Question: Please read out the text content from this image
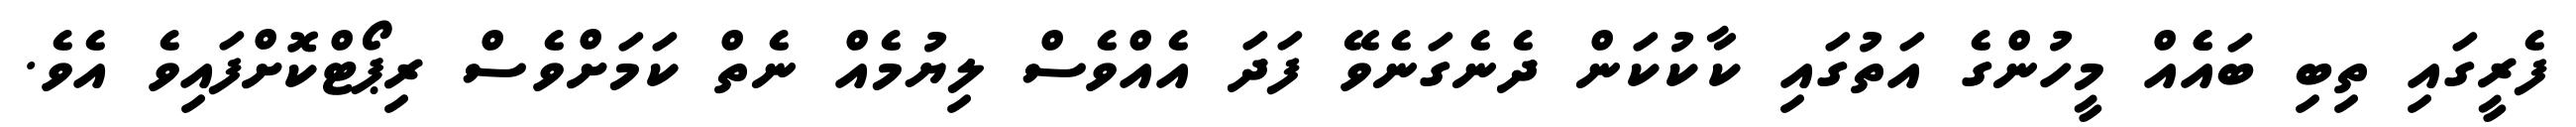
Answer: ފެރީގައި ތިބި ބައެެއް މީހުންގެ އަތުގައި ކާކުކަން ދެނެގަނެވޭ ފަދަ އެއްވެސް ލިޔުމެއް ނެތް ކަމަށްވެސް ރިޕޯޓްކޮށްފައިވެ އެވެ.